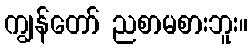
ကျွန်တော် ညစာမစားဘူး။